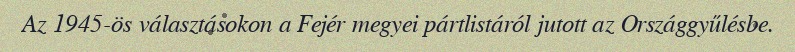
Az 1945-ös választásokon a Fejér megyei pártlistáról jutott az Országgyűlésbe.